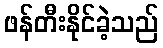
ဖန်တီးနိုင်ခဲ့သည်